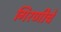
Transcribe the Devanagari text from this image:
गिरणीचे